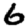
Digit: 6